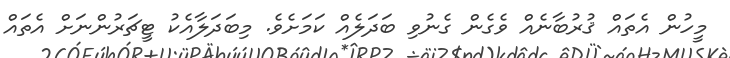
މީހުން އެތައް ޤުރުބާނެއް ވެގެން ގެނުވި ބަދަލެއް ކަމަށެވެ. މިބަދަލާއެކު ޓީޗަރުންނަށް އެތައް